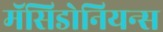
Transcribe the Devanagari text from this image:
मॅसिडोनियन्स